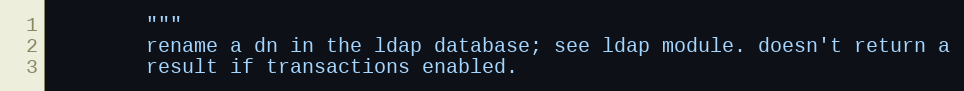
Language: Python
        """
        rename a dn in the ldap database; see ldap module. doesn't return a
        result if transactions enabled.